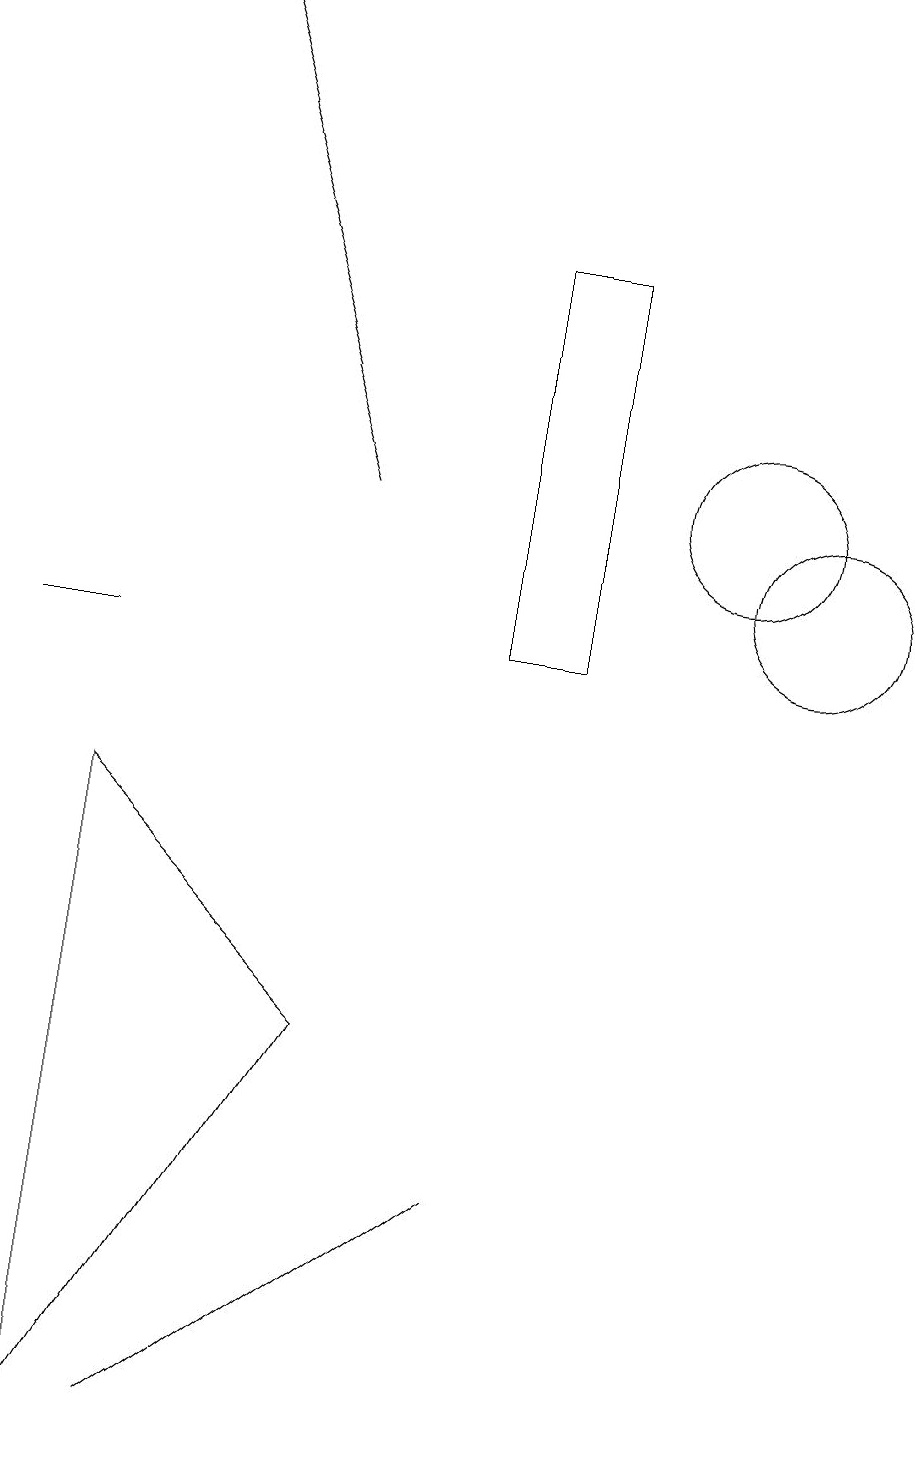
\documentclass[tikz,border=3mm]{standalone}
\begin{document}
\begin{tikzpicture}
\draw (1,10) rectangle (2,10);
\draw (11,11) circle (1);
\draw (10,12) circle (1);
\draw (7,3) -- (3,0) -- (3,0) -- cycle;
\draw (2,8) -- (2,0) -- (5,5) -- cycle;
\draw (8,10) rectangle (7,15);
\draw[->] (5,12) -- (3,18);
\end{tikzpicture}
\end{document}